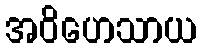
အဝိဟေသာယ